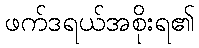
ဖက်ဒရယ်အစိုးရ၏